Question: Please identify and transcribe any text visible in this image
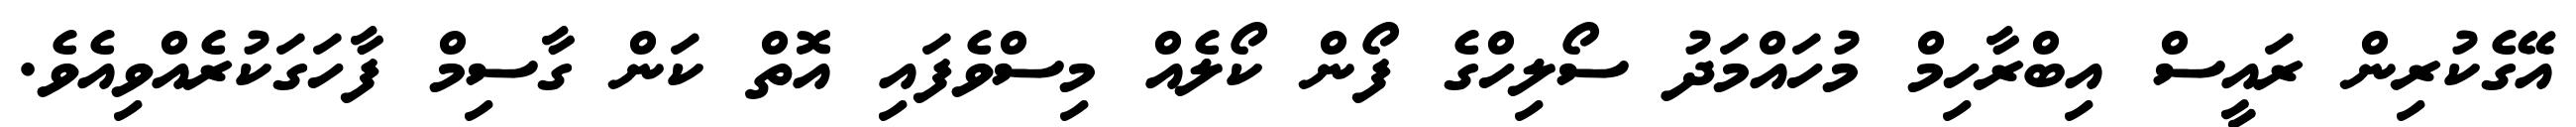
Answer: އޭގެކުރިން ރައީސް އިބްރާހިމް މުހައްމަދު ސޯލިހްގެ ފޯން ކޯލެއް މިސްވެފައި އޮތް ކަން ގާސިމް ފާހަގަކުރެއްވިއެވެ.